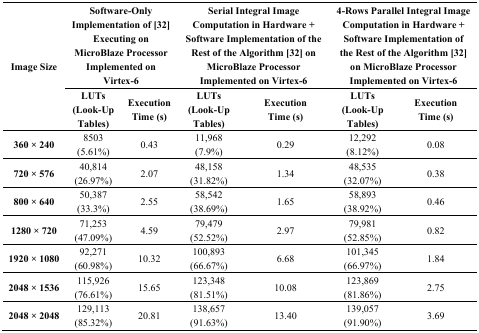
<table><thead><tr><td rowspan="2"><b>Image Size</b></td><td colspan="2"><b>Software-Only Implementation of [32] Executing on MicroBlaze Processor Implemented on Virtex-6 </b></td><td colspan="2"><b>Serial Integral Image Computation in Hardware + Software Implementation of the Rest of the Algorithm [32] on MicroBlaze Processor Implemented on Virtex-6</b></td><td colspan="2"><b>4-Rows Parallel Integral Image Computation in Hardware + Software Implementation of the Rest of the Algorithm [32] on MicroBlaze Processor Implemented on Virtex-6</b></td></tr><tr><td><b>LUTs (Look-Up Tables) </b></td><td><b>Execution Time (s)</b></td><td><b>LUTs (Look-Up Tables)</b></td><td><b>Execution Time (s)</b></td><td><b>LUTs (Look-Up Tables)</b></td><td><b>Execution Time (s)</b></td></tr></thead><tbody><tr><td><b>360 × 240</b></td><td>8503 (5.61%)</td><td>0.43</td><td>11,968 (7.9%)</td><td>0.29</td><td>12,292 (8.12%)</td><td>0.08</td></tr><tr><td><b>720 × 576</b></td><td>40,814 (26.97%)</td><td>2.07</td><td>48,158 (31.82%)</td><td>1.34</td><td>48,535 (32.07%)</td><td>0.38</td></tr><tr><td><b>800 × 640</b></td><td>50,387 (33.3%)</td><td>2.55</td><td>58,542 (38.69%)</td><td>1.65</td><td>58,893 (38.92%)</td><td>0.46</td></tr><tr><td><b>1280 × 720</b></td><td>71,253 (47.09%)</td><td>4.59</td><td>79,479 (52.52%)</td><td>2.97</td><td>79,981 (52.85%)</td><td>0.82</td></tr><tr><td><b>1920 × 1080</b></td><td>92,271 (60.98%)</td><td>10.32</td><td>100,893 (66.67%)</td><td>6.68</td><td>101,345 (66.97%)</td><td>1.84</td></tr><tr><td><b>2048 × 1536</b></td><td>115,926 (76.61%)</td><td>15.65</td><td>123,348 (81.51%)</td><td>10.08</td><td>123,869 (81.86%)</td><td>2.75</td></tr><tr><td><b>2048 × 2048</b></td><td>129,113 (85.32%)</td><td>20.81</td><td>138,657 (91.63%)</td><td>13.40</td><td>139,057 (91.90%)</td><td>3.69</td></tr></tbody></table>